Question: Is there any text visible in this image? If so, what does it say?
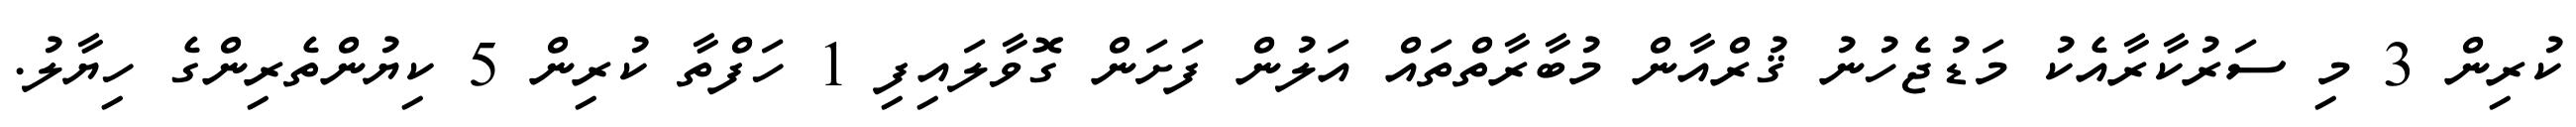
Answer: ކުރިން 3 މި ސަރުކާރާއެކު މަޑުޖެހުނު ޤުރްއާން މުބާރާތްތައް އަލުން ފަށަން ގޮވާލައިފި 1 ހަފްތާ ކުރިން 5 ކިޔުންތެރިންގެ ހިޔާލު.